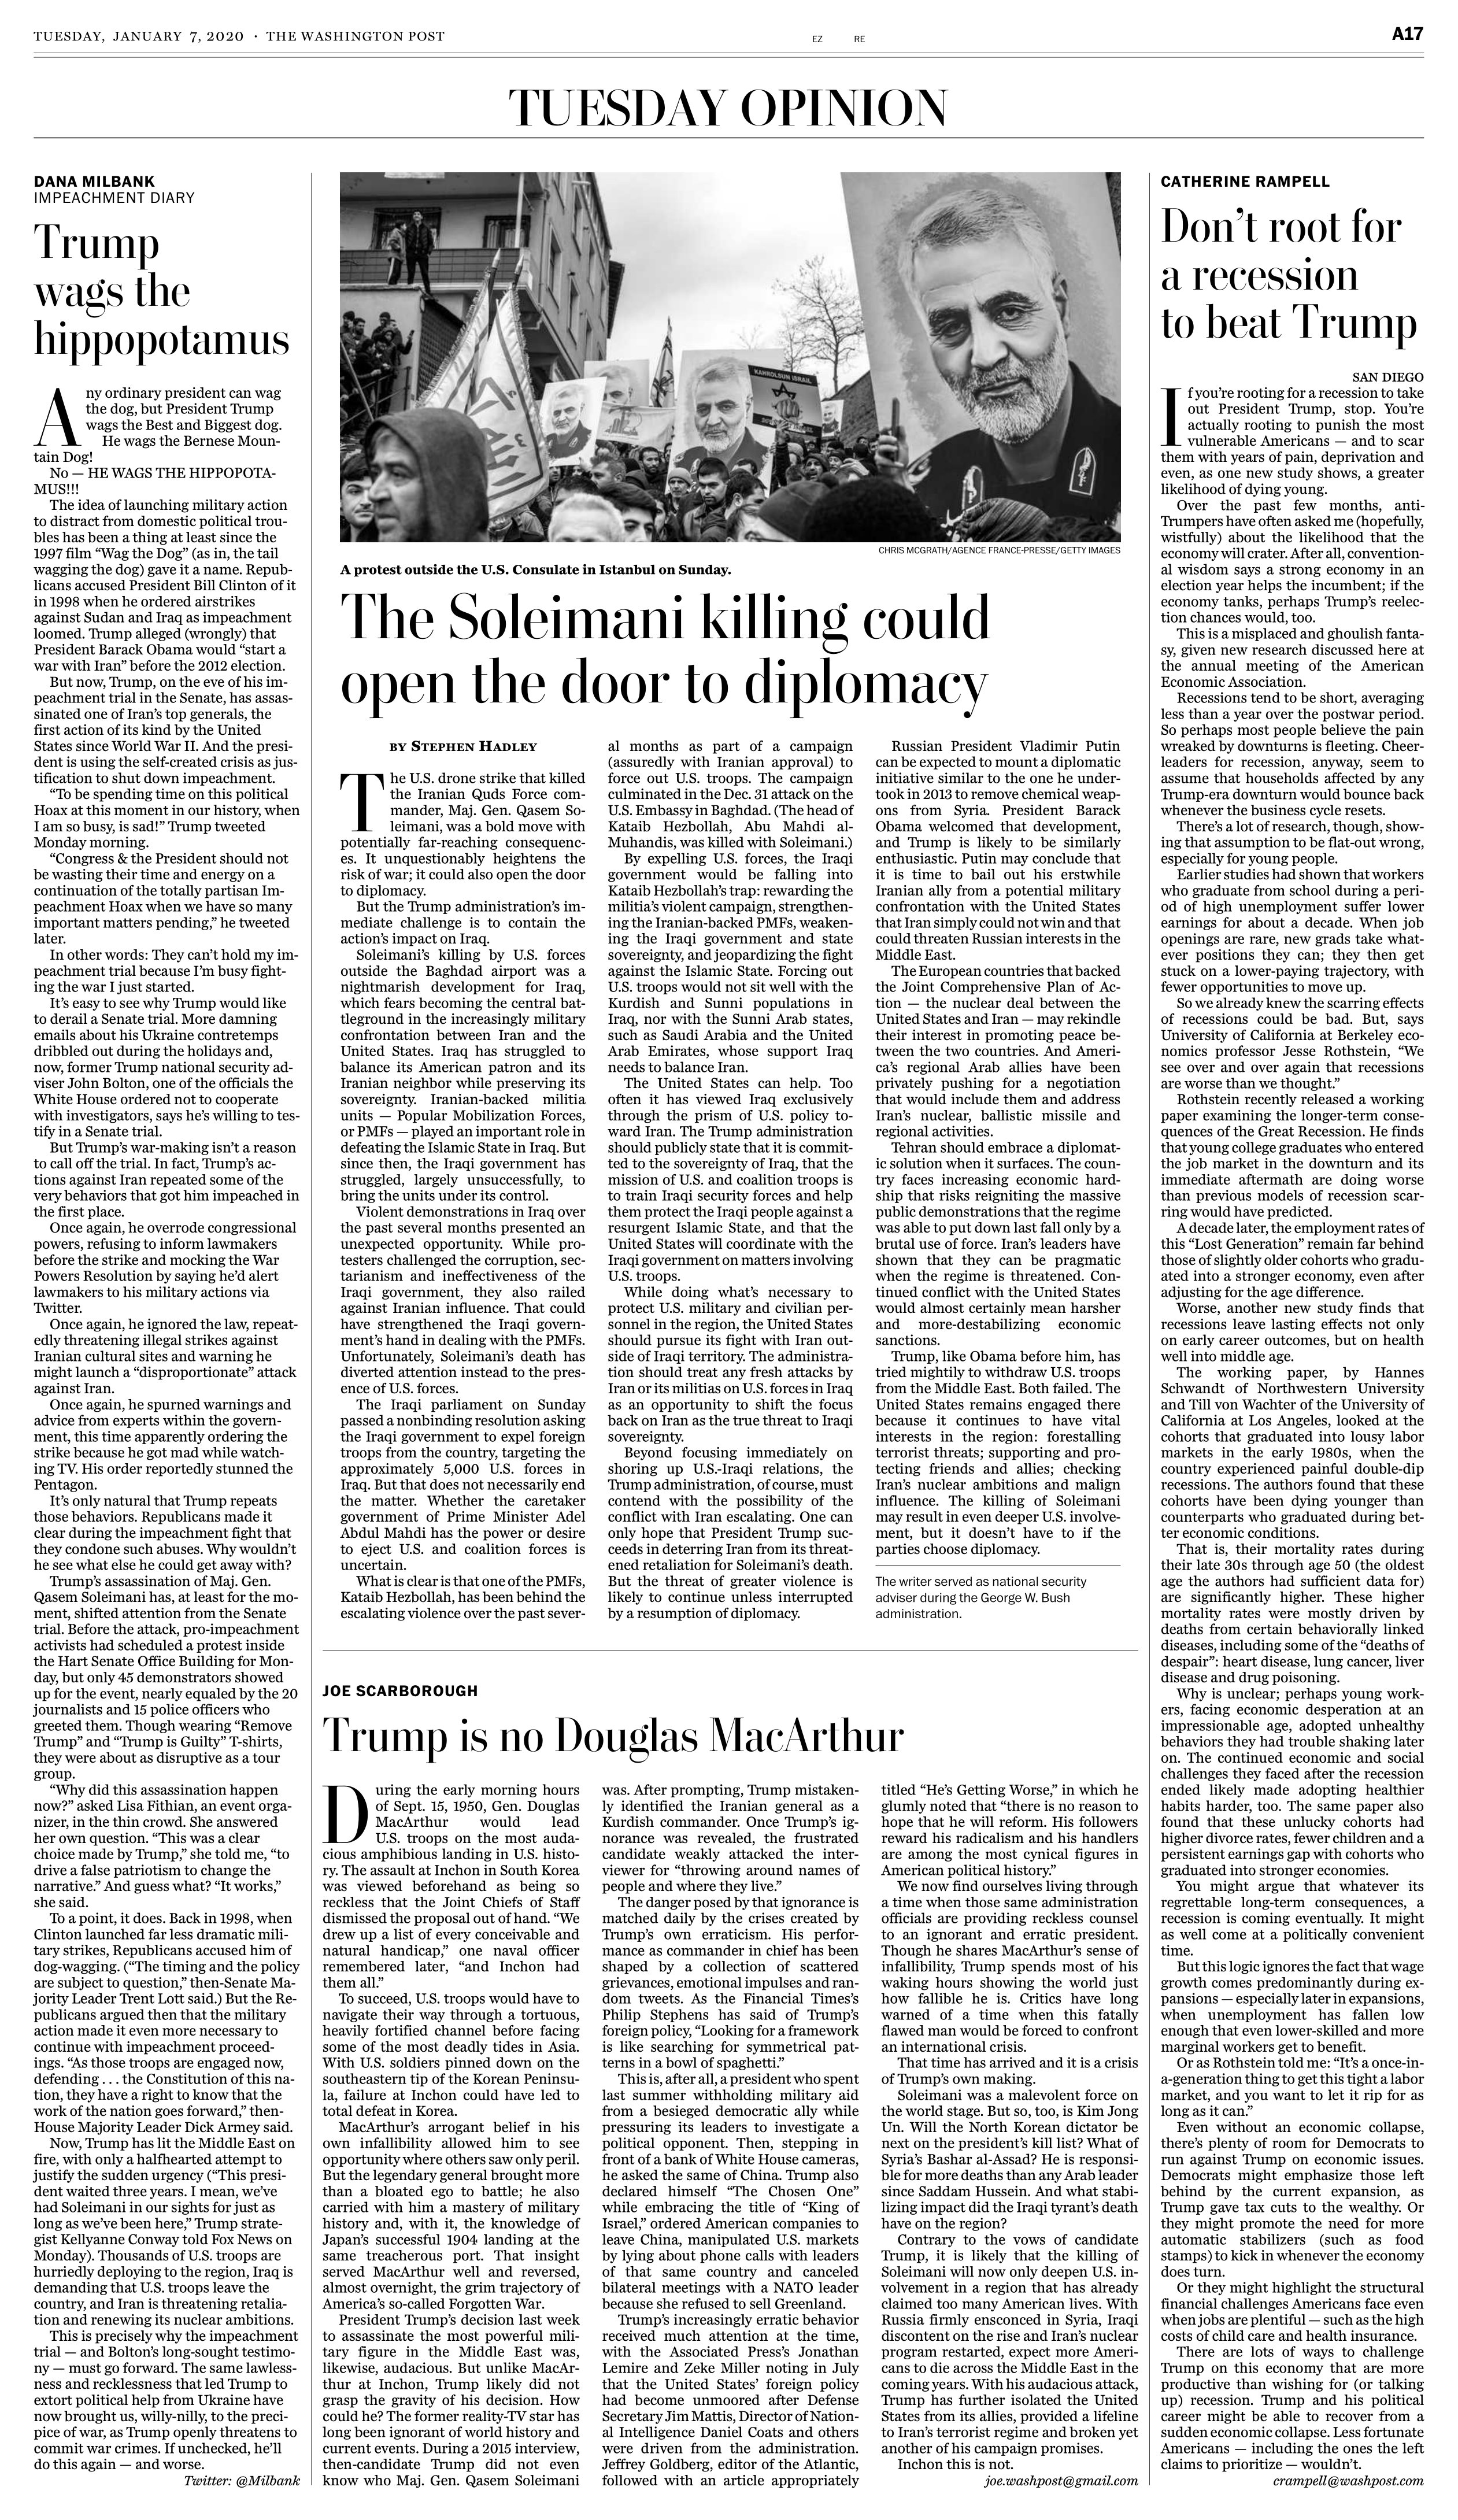
Language: en